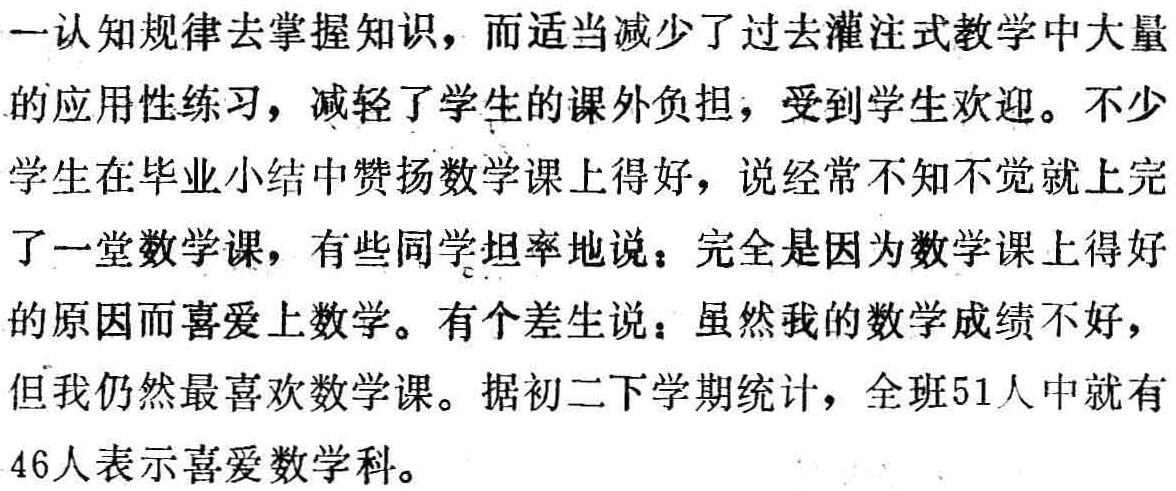
一认知规律去掌握知识，而适当减少了过去灌注式教学中大量的应用性练习，减轻了学生的课外负担，受到学生欢迎。不少学生在毕业小结中赞扬数学课上得好，说经常不知不觉就上完了一堂数学课，有些同学坦率地说：完全是因为数学课上得好的原因而喜爱上数学。有个差生说：虽然我的数学成绩不好，但我仍然最喜欢数学课。据初二下学期统计，全班51人中就有46人表示喜爱数学科。